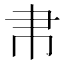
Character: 帇